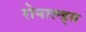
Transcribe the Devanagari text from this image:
रोनाल्ड्स